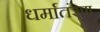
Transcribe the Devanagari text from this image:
धर्मातंरण